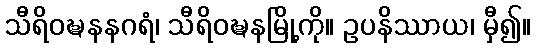
သီရိဝဍ္ဎနနဂရံ၊ သီရိဝဍ္ဎနမြို့ကို။ ဥပနိဿာယ၊ မှီ၍။